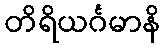
တိရိယင်္ဂမာနိ